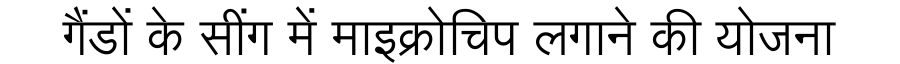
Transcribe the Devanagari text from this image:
गैंडों के सींग में माइक्रोचिप लगाने की योजना